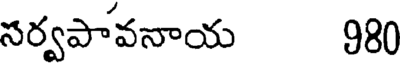
సర్వపావనాయ 980